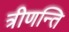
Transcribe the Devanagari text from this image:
त्रीणन्ति